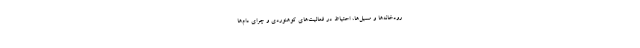
رودخانه‌ها و مسیل‌ها، احتیاط در فعالیت‌های کوهنوردی و چرای دام‌ها